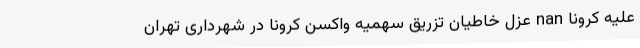
علیه کرونا nan عزل خاطیان تزریق سهمیه واکسن کرونا در شهرداری تهران